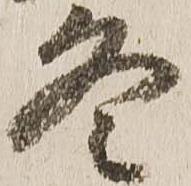
冬